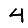
Digit: 4